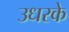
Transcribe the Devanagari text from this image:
उधरके